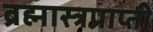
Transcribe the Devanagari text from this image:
ब्रह्मास्त्रप्राप्ती